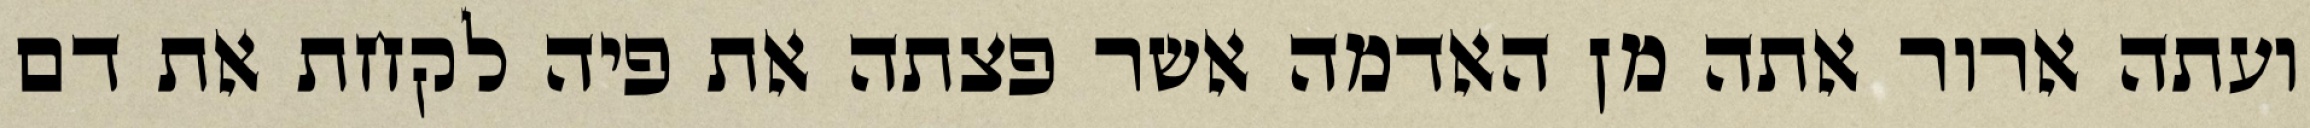
ועתה ארור אתה מן האדמה אשר פצתה את פיה לקחת את דם